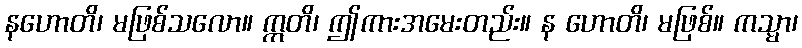
နဟောတိ၊ မဖြစ်သလော။ ဣတိ၊ ဤကားအမေးတည်း။ န ဟောတိ၊ မဖြစ်။ ကသ္မာ၊